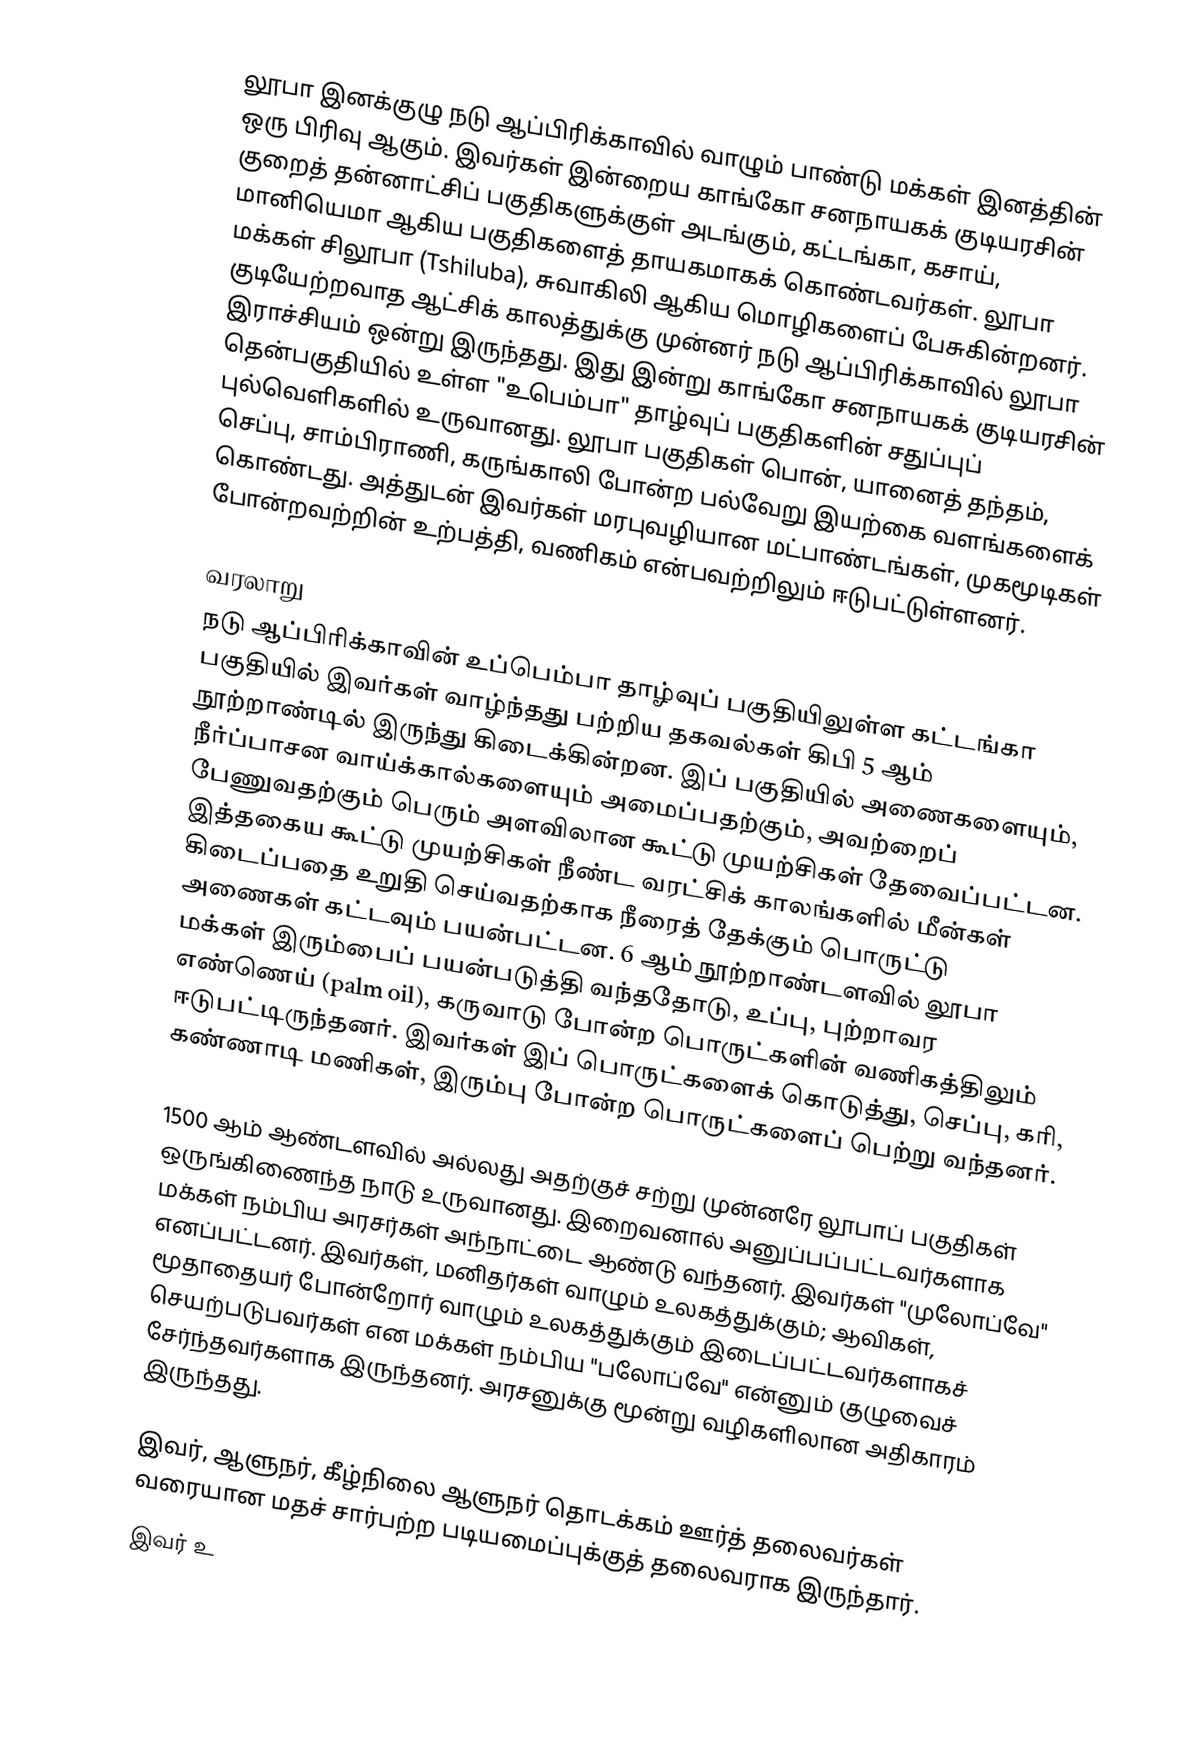
லூபா இனக்குழு நடு ஆப்பிரிக்காவில் வாழும் பாண்டு மக்கள் இனத்தின் ஒரு பிரிவு ஆகும். இவர்கள் இன்றைய காங்கோ சனநாயகக் குடியரசின் குறைத் தன்னாட்சிப் பகுதிகளுக்குள் அடங்கும், கட்டங்கா, கசாய், மானியெமா ஆகிய பகுதிகளைத் தாயகமாகக் கொண்டவர்கள். லூபா மக்கள் சிலூபா (Tshiluba), சுவாகிலி ஆகிய மொழிகளைப் பேசுகின்றனர். குடியேற்றவாத ஆட்சிக் காலத்துக்கு முன்னர் நடு ஆப்பிரிக்காவில் லூபா இராச்சியம் ஒன்று இருந்தது. இது இன்று காங்கோ சனநாயகக் குடியரசின் தென்பகுதியில் உள்ள "உபெம்பா" தாழ்வுப் பகுதிகளின் சதுப்புப் புல்வெளிகளில் உருவானது. லூபா பகுதிகள் பொன், யானைத் தந்தம், செப்பு, சாம்பிராணி, கருங்காலி போன்ற பல்வேறு இயற்கை வளங்களைக் கொண்டது. அத்துடன் இவர்கள் மரபுவழியான மட்பாண்டங்கள், முகமூடிகள் போன்றவற்றின் உற்பத்தி, வணிகம் என்பவற்றிலும் ஈடுபட்டுள்ளனர்.

வரலாறு
நடு ஆப்பிரிக்காவின் உப்பெம்பா தாழ்வுப் பகுதியிலுள்ள கட்டங்கா பகுதியில் இவர்கள் வாழ்ந்தது பற்றிய தகவல்கள் கிபி 5 ஆம் நூற்றாண்டில் இருந்து கிடைக்கின்றன. இப் பகுதியில் அணைகளையும், நீர்ப்பாசன வாய்க்கால்களையும் அமைப்பதற்கும், அவற்றைப் பேணுவதற்கும் பெரும் அளவிலான கூட்டு முயற்சிகள் தேவைப்பட்டன. இத்தகைய கூட்டு முயற்சிகள் நீண்ட வரட்சிக் காலங்களில் மீன்கள் கிடைப்பதை உறுதி செய்வதற்காக நீரைத் தேக்கும் பொருட்டு அணைகள் கட்டவும் பயன்பட்டன. 6 ஆம் நூற்றாண்டளவில் லூபா மக்கள் இரும்பைப் பயன்படுத்தி வந்ததோடு, உப்பு, புற்றாவர எண்ணெய் (palm oil), கருவாடு போன்ற பொருட்களின் வணிகத்திலும் ஈடுபட்டிருந்தனர். இவர்கள் இப் பொருட்களைக் கொடுத்து, செப்பு, கரி, கண்ணாடி மணிகள், இரும்பு போன்ற பொருட்களைப் பெற்று வந்தனர்.

1500 ஆம் ஆண்டளவில் அல்லது அதற்குச் சற்று முன்னரே லூபாப் பகுதிகள் ஒருங்கிணைந்த நாடு உருவானது. இறைவனால் அனுப்பப்பட்டவர்களாக மக்கள் நம்பிய அரசர்கள் அந்நாட்டை ஆண்டு வந்தனர். இவர்கள் "முலோப்வே" எனப்பட்டனர். இவர்கள், மனிதர்கள் வாழும் உலகத்துக்கும்; ஆவிகள், மூதாதையர் போன்றோர் வாழும் உலகத்துக்கும் இடைப்பட்டவர்களாகச் செயற்படுபவர்கள் என மக்கள் நம்பிய "பலோப்வே" என்னும் குழுவைச் சேர்ந்தவர்களாக இருந்தனர். அரசனுக்கு மூன்று வழிகளிலான அதிகாரம் இருந்தது.

 இவர், ஆளுநர், கீழ்நிலை ஆளுநர் தொடக்கம் ஊர்த் தலைவர்கள் வரையான மதச் சார்பற்ற படியமைப்புக்குத் தலைவராக இருந்தார்.
 இவர் உ